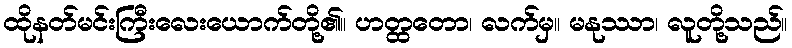
ထိုနတ်မင်းကြီးလေးယောက်တို့၏။ ဟတ္ထတော၊ လက်မှ။ မနုဿာ၊ လူတို့သည်။